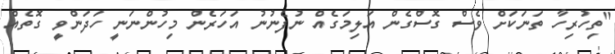
''ތިހުރިހާ ތަނަކަށް ވެސް ގޮސްގެން އަލިމަގެއް ނުފެނުނު އަހަރެން މިހުންނަނީ ހަދަންވީ ގޮތެއް